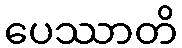
ပေဿာတိ